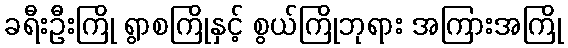
ခရီးဦးကြို ရွာစကြိုနှင့် စွယ်ကြိုဘုရား အကြားအကြို